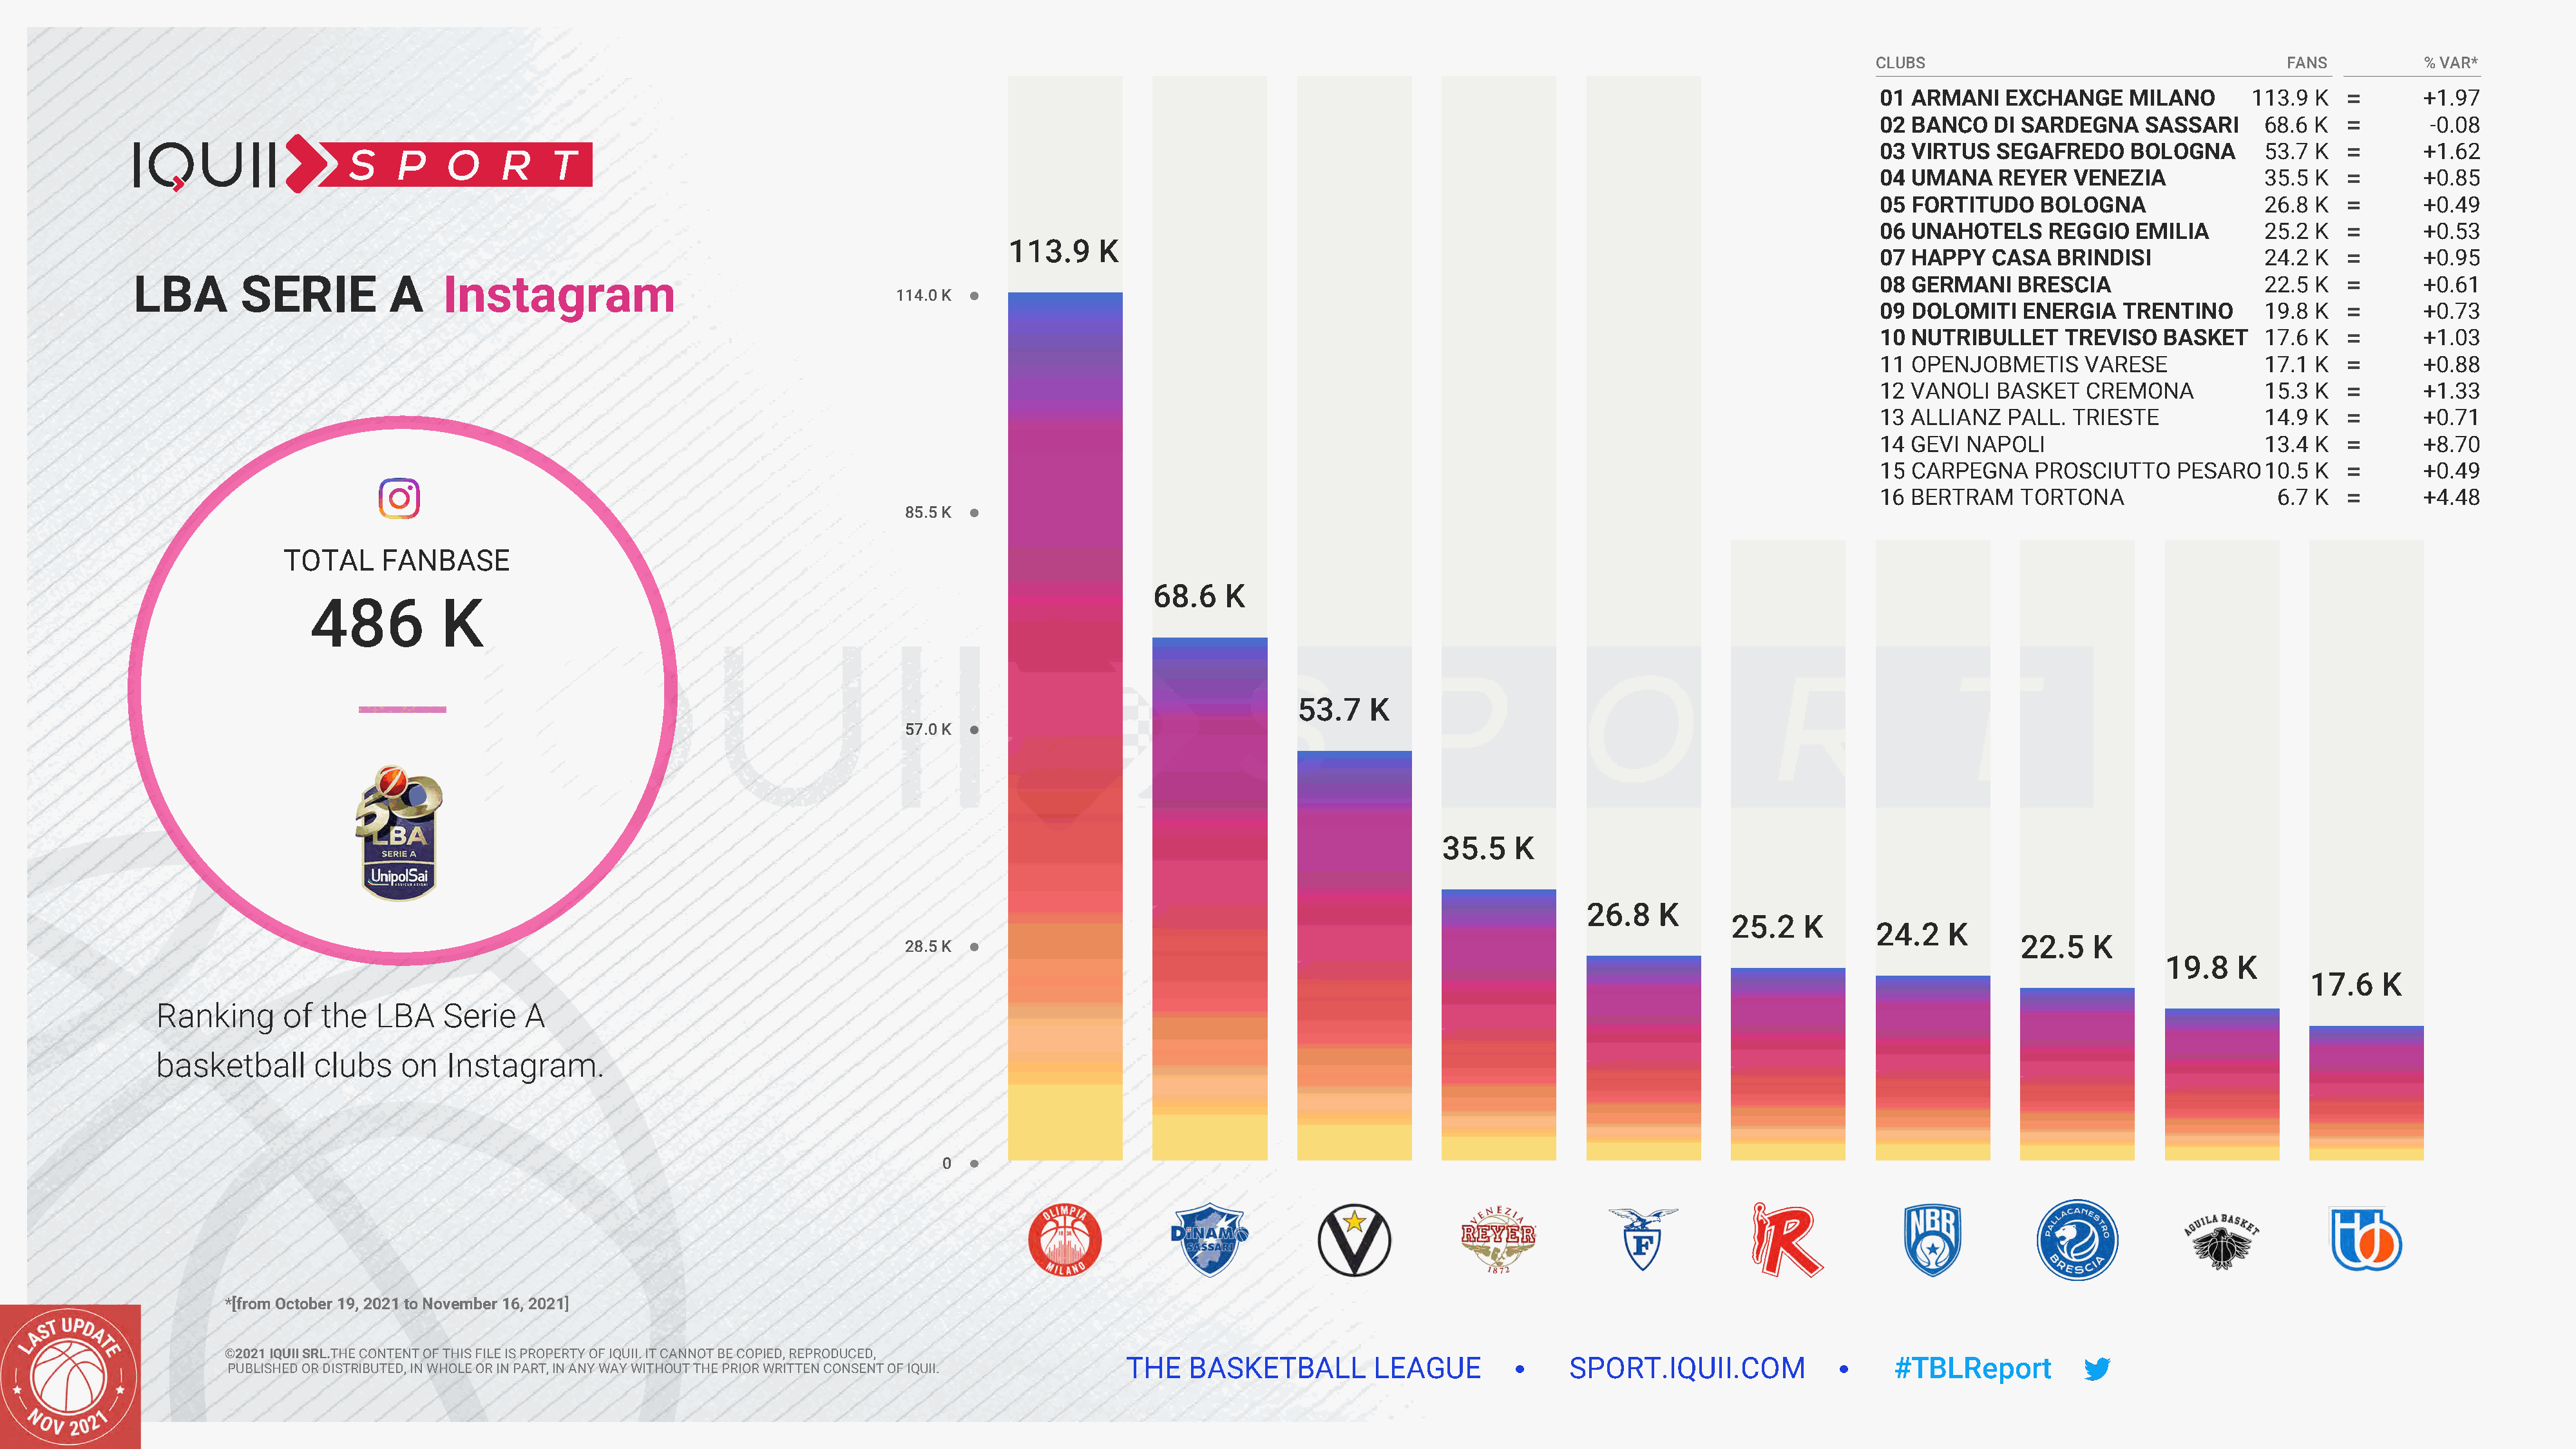
CLUBS                                     FANS          % VAR*
 01 ARMANI    EXCHANGE     MILANO      113.9  K          +1.97
 02 BANCO    DI SARDEGNA    SASSARI      68.6 K           -0.08
 03 VIRTUS   SEGAFREDO     BOLOGNA       53.7 K          +1.62
 04 UMANA    REYER   VENEZIA             35.5 K          +0.85
 05 FORTITUDO     BOLOGNA                26.8 K          +0.49
 06 UNAHOTELS      REGGIO  EMILIA        25.2 K          +0.53
 113.9    K
 07 HAPPY    CASA  BRINDISI              24.2 K          +0.95
 LBA        SERIE          A    Instagram                                                                                                                                           08 GERMANI    BRESCIA                   22.5 K          +0.61
 114.0 K
 09 DOLOMITI    ENERGIA   TRENTINO       19.8 K          +0.73
 10 NUTRIBULLET     TREVISO   BASKET     17.6 K          +1.03
 11 OPENJOBMETIS      VARESE             17.1 K          +0.88
 12 VANOLI   BASKET   CREMONA            15.3 K          +1.33
 13 ALLIANZ   PALL.  TRIESTE             14.9 K          +0.71
 14 GEVI  NAPOLI                         13.4 K          +8.70
 15 CARPEGNA     PROSCIUTTO     PESARO10.5    K          +0.49
 16 BERTRAM     TORTONA                   6.7 K          +4.48
 85.5 K
 TOTAL     FANBASE
 68.6    K
 486          K
 53.7    K
 57.0 K
 35.5    K
 26.8   K
 25.2   K
 24.2   K
 22.5   K
 28.5 K
 19.8    K
 17.6    K
 Ranking      of  the   LBA    Serie   A
 basketball      clubs    on   Instagram.
 0
 *[from October 19, 2021 to November 16, 2021]
 ©2021 IQUII SRL.THE CONTENT OF THIS FILE IS PROPERTY OF IQUII. IT CANNOT BE COPIED, REPRODUCED,
 THE   BASKETBALL         LEAGUE              SPORT.IQUII.COM                   #TBLReport
 PUBLISHED OR DISTRIBUTED, IN WHOLE OR IN PART, IN ANY WAY WITHOUT THE PRIOR WRITTEN CONSENT OF IQUII.